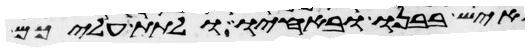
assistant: איש בבנו ובאחיו ולתת עליכם